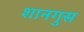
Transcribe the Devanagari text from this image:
शानगुस